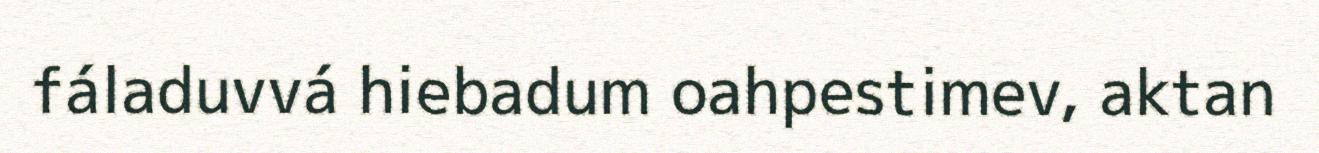
fáladuvvá hiebadum oahpestimev, aktan